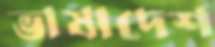
ভাষাদেশ